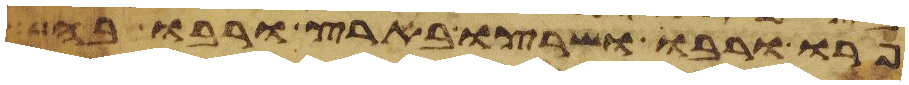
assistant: פרו ורבו ושרצו בארץ ורבו בה